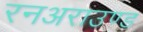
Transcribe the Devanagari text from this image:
रनअराउण्ड